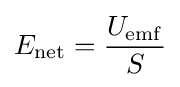
E_{\mathrm {net} }={\frac {U_{\mathrm {emf} }}{S}}